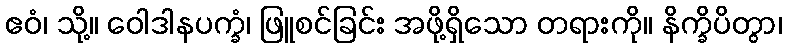
ဧဝံ၊ သို့။ ဝေါဒါနပက္ခံ၊ ဖြူစင်ခြင်း အဖို့ရှိသော တရားကို။ နိက္ခိပိတွာ၊